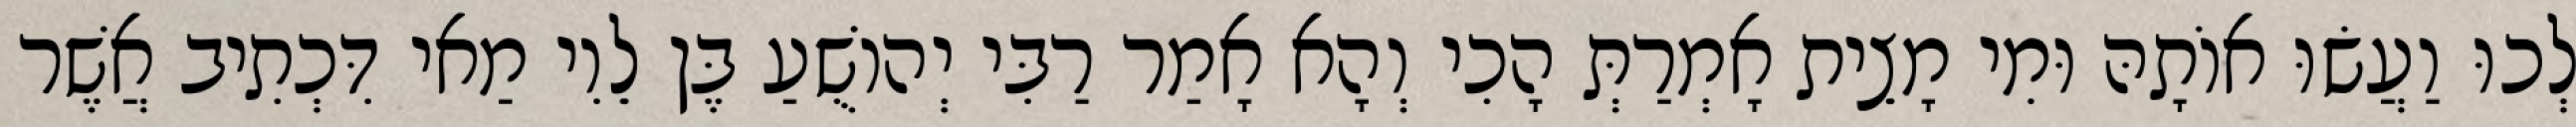
לְכוּ וַעֲשׂוּ אוֹתָהּ וּמִי מָצֵית אָמְרַתְּ הָכִי וְהָא אָמַר רַבִּי יְהוֹשֻׁעַ בֶּן לֵוִי מַאי דִּכְתִיב אֲשֶׁר